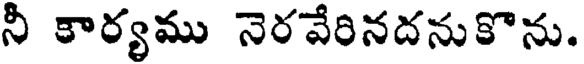
నీ కార్యము నెరవేరినదనుకొను.